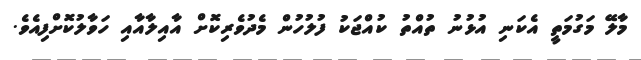
މާލޭ މަގުމަތީ އެކަނި އުޅުނު ތުއްތު ކުއްޖަކު ފުލުހުން މެދުވެރިކޮށް އާއިލާއާއި ހަވާލުކޮށްފިއެވެ.